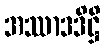
အဿာဒဒိဋ္ဌိ